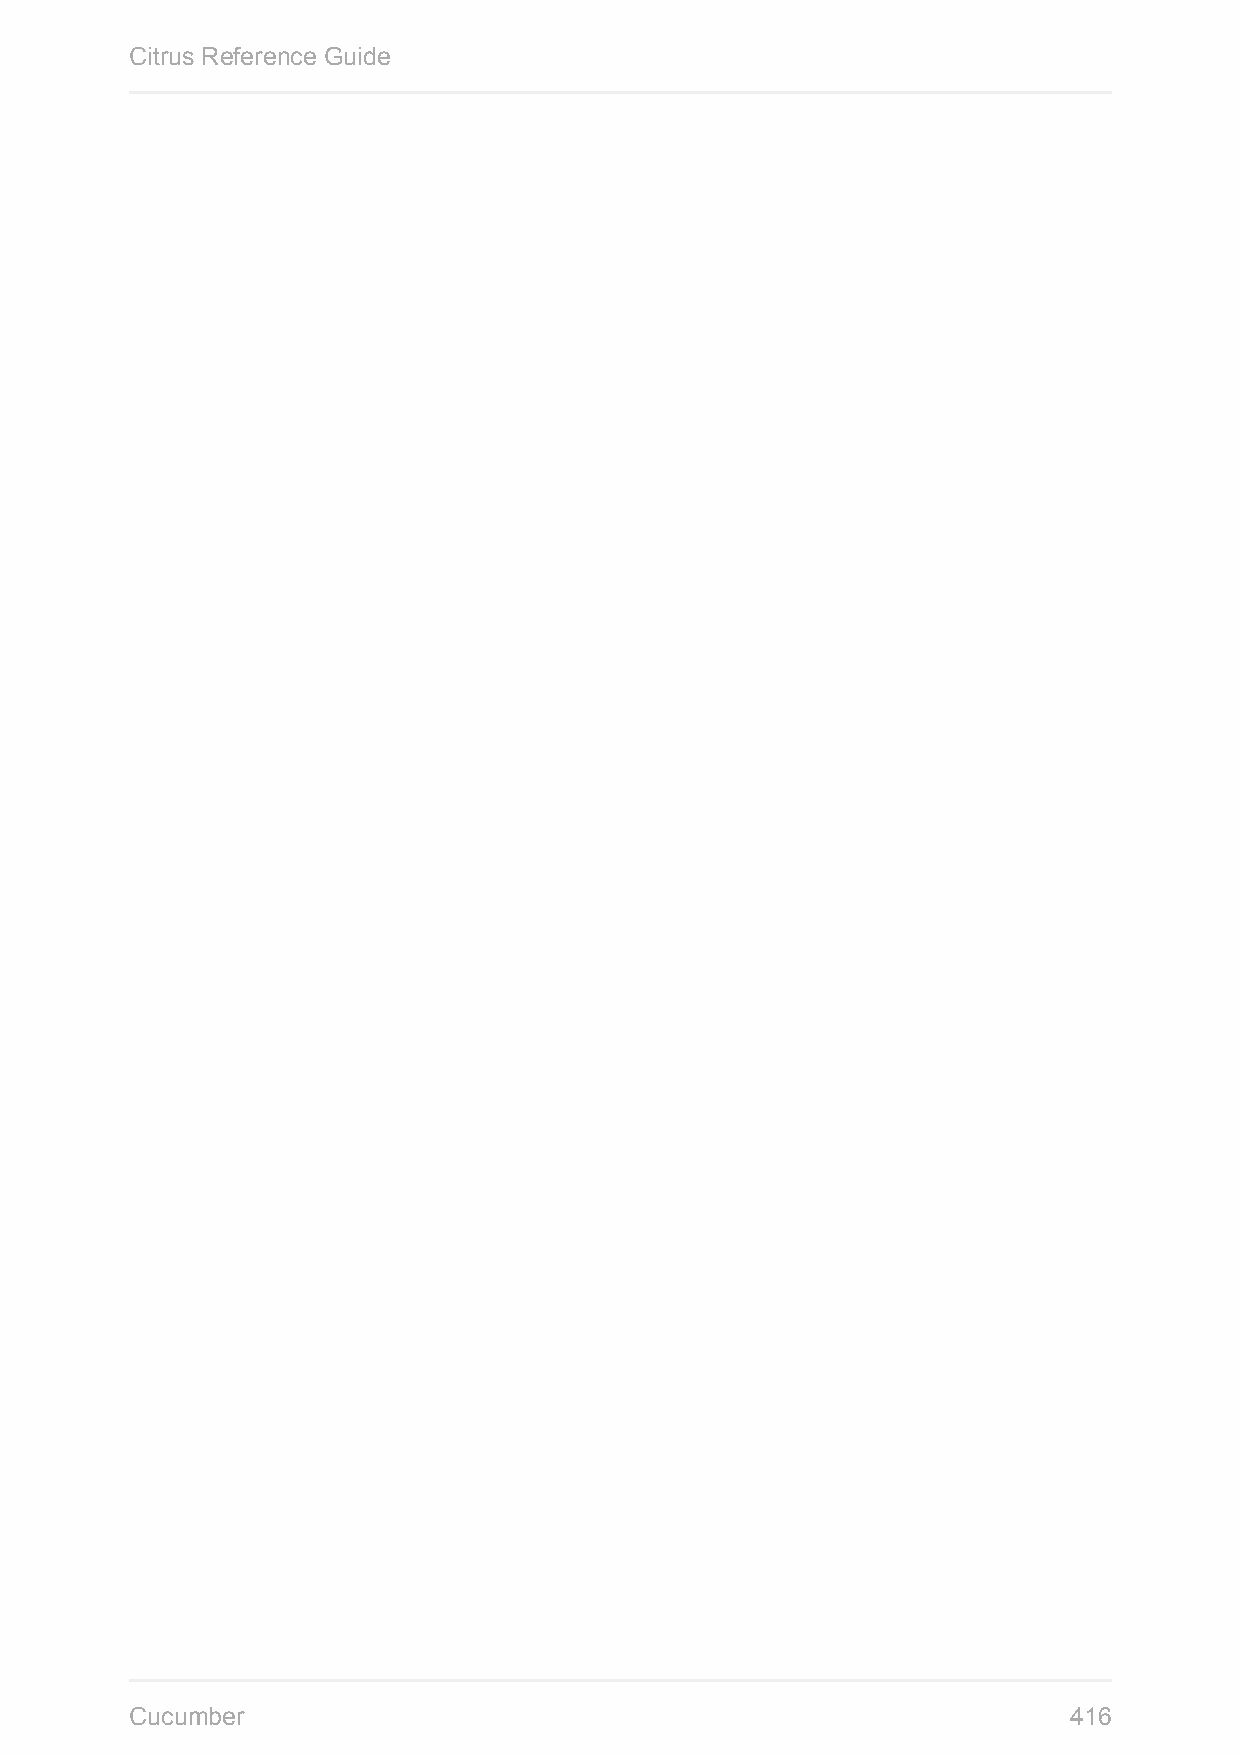
Citrus Reference Guide
 Cucumber                                                      416